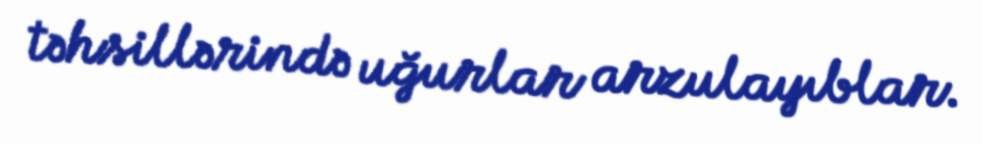
təhsillərində uğurlar arzulayıblar.